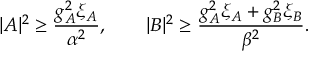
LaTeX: | A | ^ { 2 } \geq \frac { g _ { A } ^ { 2 } \xi _ { A } } { \alpha ^ { 2 } } , \qquad | B | ^ { 2 } \geq \frac { g _ { A } ^ { 2 } \xi _ { A } + g _ { B } ^ { 2 } \xi _ { B } } { \beta ^ { 2 } } .